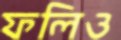
ফলিও